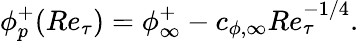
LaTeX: \phi_{p}^{+}(Re_{\tau})=\phi_{\infty}^{+}-c_{\phi,\infty}Re_{\tau}^{-1/4}.